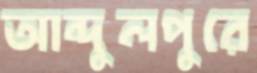
আব্দুলপুরে